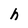
Character: h